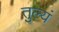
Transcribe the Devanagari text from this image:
तुल्यं